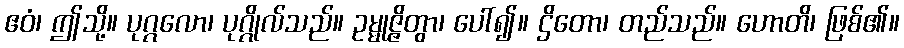
ဧဝံ၊ ဤသို့။ ပုဂ္ဂလော၊ ပုဂ္ဂိုလ်သည်။ ဥမ္မုဇ္ဇိတွာ၊ ပေါ်၍။ ဌိတော၊ တည်သည်။ ဟောတိ၊ ဖြစ်၏။